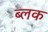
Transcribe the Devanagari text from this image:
ब्लक